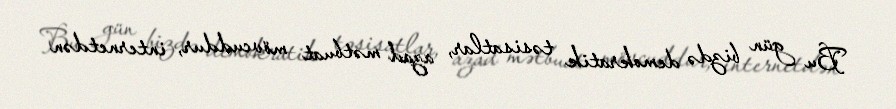
Bu gün bizdə demokratik təsisatlar, azad mətbuat mövcuddur, internetdən